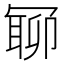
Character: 𠖛